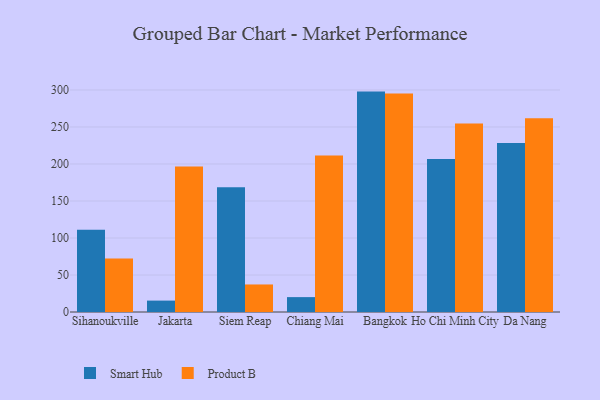
{"axis": {"x": "City", "y": "Headcount"}, "legend": ["Product B", "Smart Hub"], "data": [{"x": "Sihanoukville", "y": 111.2, "type": "Smart Hub"}, {"x": "Sihanoukville", "y": 72.2, "type": "Product B"}, {"x": "Jakarta", "y": 15.4, "type": "Smart Hub"}, {"x": "Jakarta", "y": 196.7, "type": "Product B"}, {"x": "Siem Reap", "y": 168.6, "type": "Smart Hub"}, {"x": "Siem Reap", "y": 37.2, "type": "Product B"}, {"x": "Chiang Mai", "y": 20.1, "type": "Smart Hub"}, {"x": "Chiang Mai", "y": 211.3, "type": "Product B"}, {"x": "Bangkok", "y": 297.8, "type": "Smart Hub"}, {"x": "Bangkok", "y": 295.1, "type": "Product B"}, {"x": "Ho Chi Minh City", "y": 206.8, "type": "Smart Hub"}, {"x": "Ho Chi Minh City", "y": 254.6, "type": "Product B"}, {"x": "Da Nang", "y": 228.2, "type": "Smart Hub"}, {"x": "Da Nang", "y": 261.9, "type": "Product B"}]}